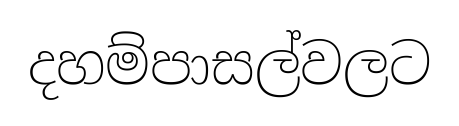
දහම්පාසල්වලට